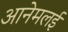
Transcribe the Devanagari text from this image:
आनेमलई